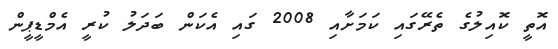
އޮތީ ކޮއިލުގެ ތެރޭގައި ކަމަށާއި 2008 ގައި އެކަން ބަދަލު ކުރީ އެމްޑީޕީން